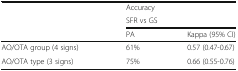
<table><thead><tr><td></td><td colspan="2"><b>Accuracy</b></td></tr><tr><td></td><td colspan="2"><b>SFR vs GS</b></td></tr><tr><td></td><td><b>PA</b></td><td><b>Kappa (95% CI)</b></td></tr></thead><tbody><tr><td>AO/OTA group (4 signs)</td><td>61%</td><td>0.57 (0.47-0.67)</td></tr><tr><td>AO/OTA type (3 signs)</td><td>75%</td><td>0.66 (0.55-0.76)</td></tr></tbody></table>